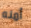
أمنه